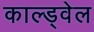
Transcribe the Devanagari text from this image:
काल्ड्वेल